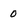
Character: 0